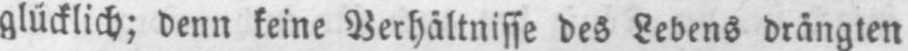
denn keine Verhältnisse des Lebens drängten